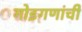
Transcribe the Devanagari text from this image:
गोइगणांची